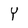
Character: Y